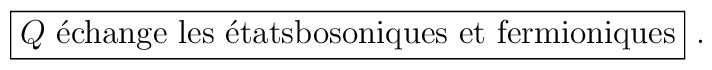
\fbox{\mbox{$Q$ \'echange les \'etatsbosoniques et fermioniques}}\ .